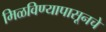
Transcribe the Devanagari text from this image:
मिळविण्यापासूनचे